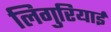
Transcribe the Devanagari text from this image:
लिगुरियाई